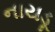
નાયડૂ